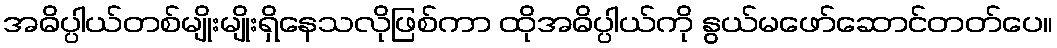
အဓိပ္ပါယ်တစ်မျိုးမျိုးရှိနေသလိုဖြစ်ကာ ထိုအဓိပ္ပါယ်ကို နွယ်မဖော်ဆောင်တတ်ပေ။